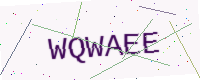
Text: WQWAEE